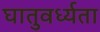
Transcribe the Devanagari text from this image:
घातुवर्ध्यता